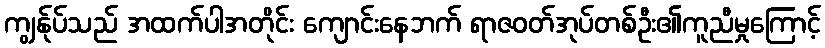
ကျွန်ုပ်သည် အထက်ပါအတိုင်း ကျောင်းနေဘက် ရာဇဝတ်အုပ်တစ်ဦး၏ကူညီမှုကြောင့်